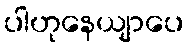
ပါဟုနေယျာပေ